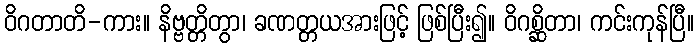
ဝိဂတာတိ-ကား။ နိဗ္ဗတ္တိတွာ၊ ခဏတ္တယအားဖြင့် ဖြစ်ပြီး၍။ ဝိဂစ္ဆိတာ၊ ကင်းကုန်ပြီ။